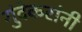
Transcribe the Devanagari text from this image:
गुंदेकरांनी